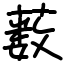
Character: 薮